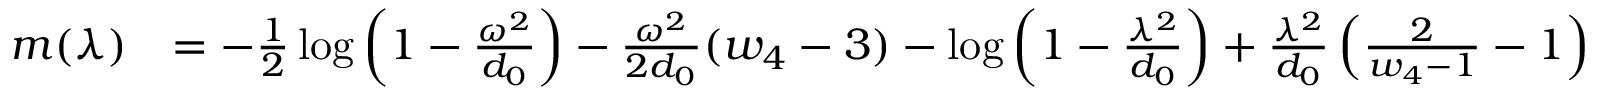
\begin{array} { r l } { m ( \lambda ) } & { = - \frac { 1 } { 2 } \log \left( 1 - \frac { \omega ^ { 2 } } { d _ { 0 } } \right) - \frac { \omega ^ { 2 } } { 2 d _ { 0 } } ( w _ { 4 } - 3 ) - \log \left( 1 - \frac { \lambda ^ { 2 } } { d _ { 0 } } \right) + \frac { \lambda ^ { 2 } } { d _ { 0 } } \left( \frac { 2 } { w _ { 4 } - 1 } - 1 \right) } \end{array}